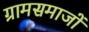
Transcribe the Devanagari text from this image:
ग्रामसमाजों